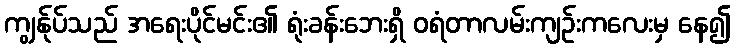
ကျွန်ုပ်သည် အရေးပိုင်မင်း၏ ရုံးခန်းဘေးရှိ ဝရံတာလမ်းကျဉ်းကလေးမှ နေ၍